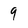
Character: 9